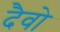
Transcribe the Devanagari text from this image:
दैवो